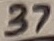
Text: 37